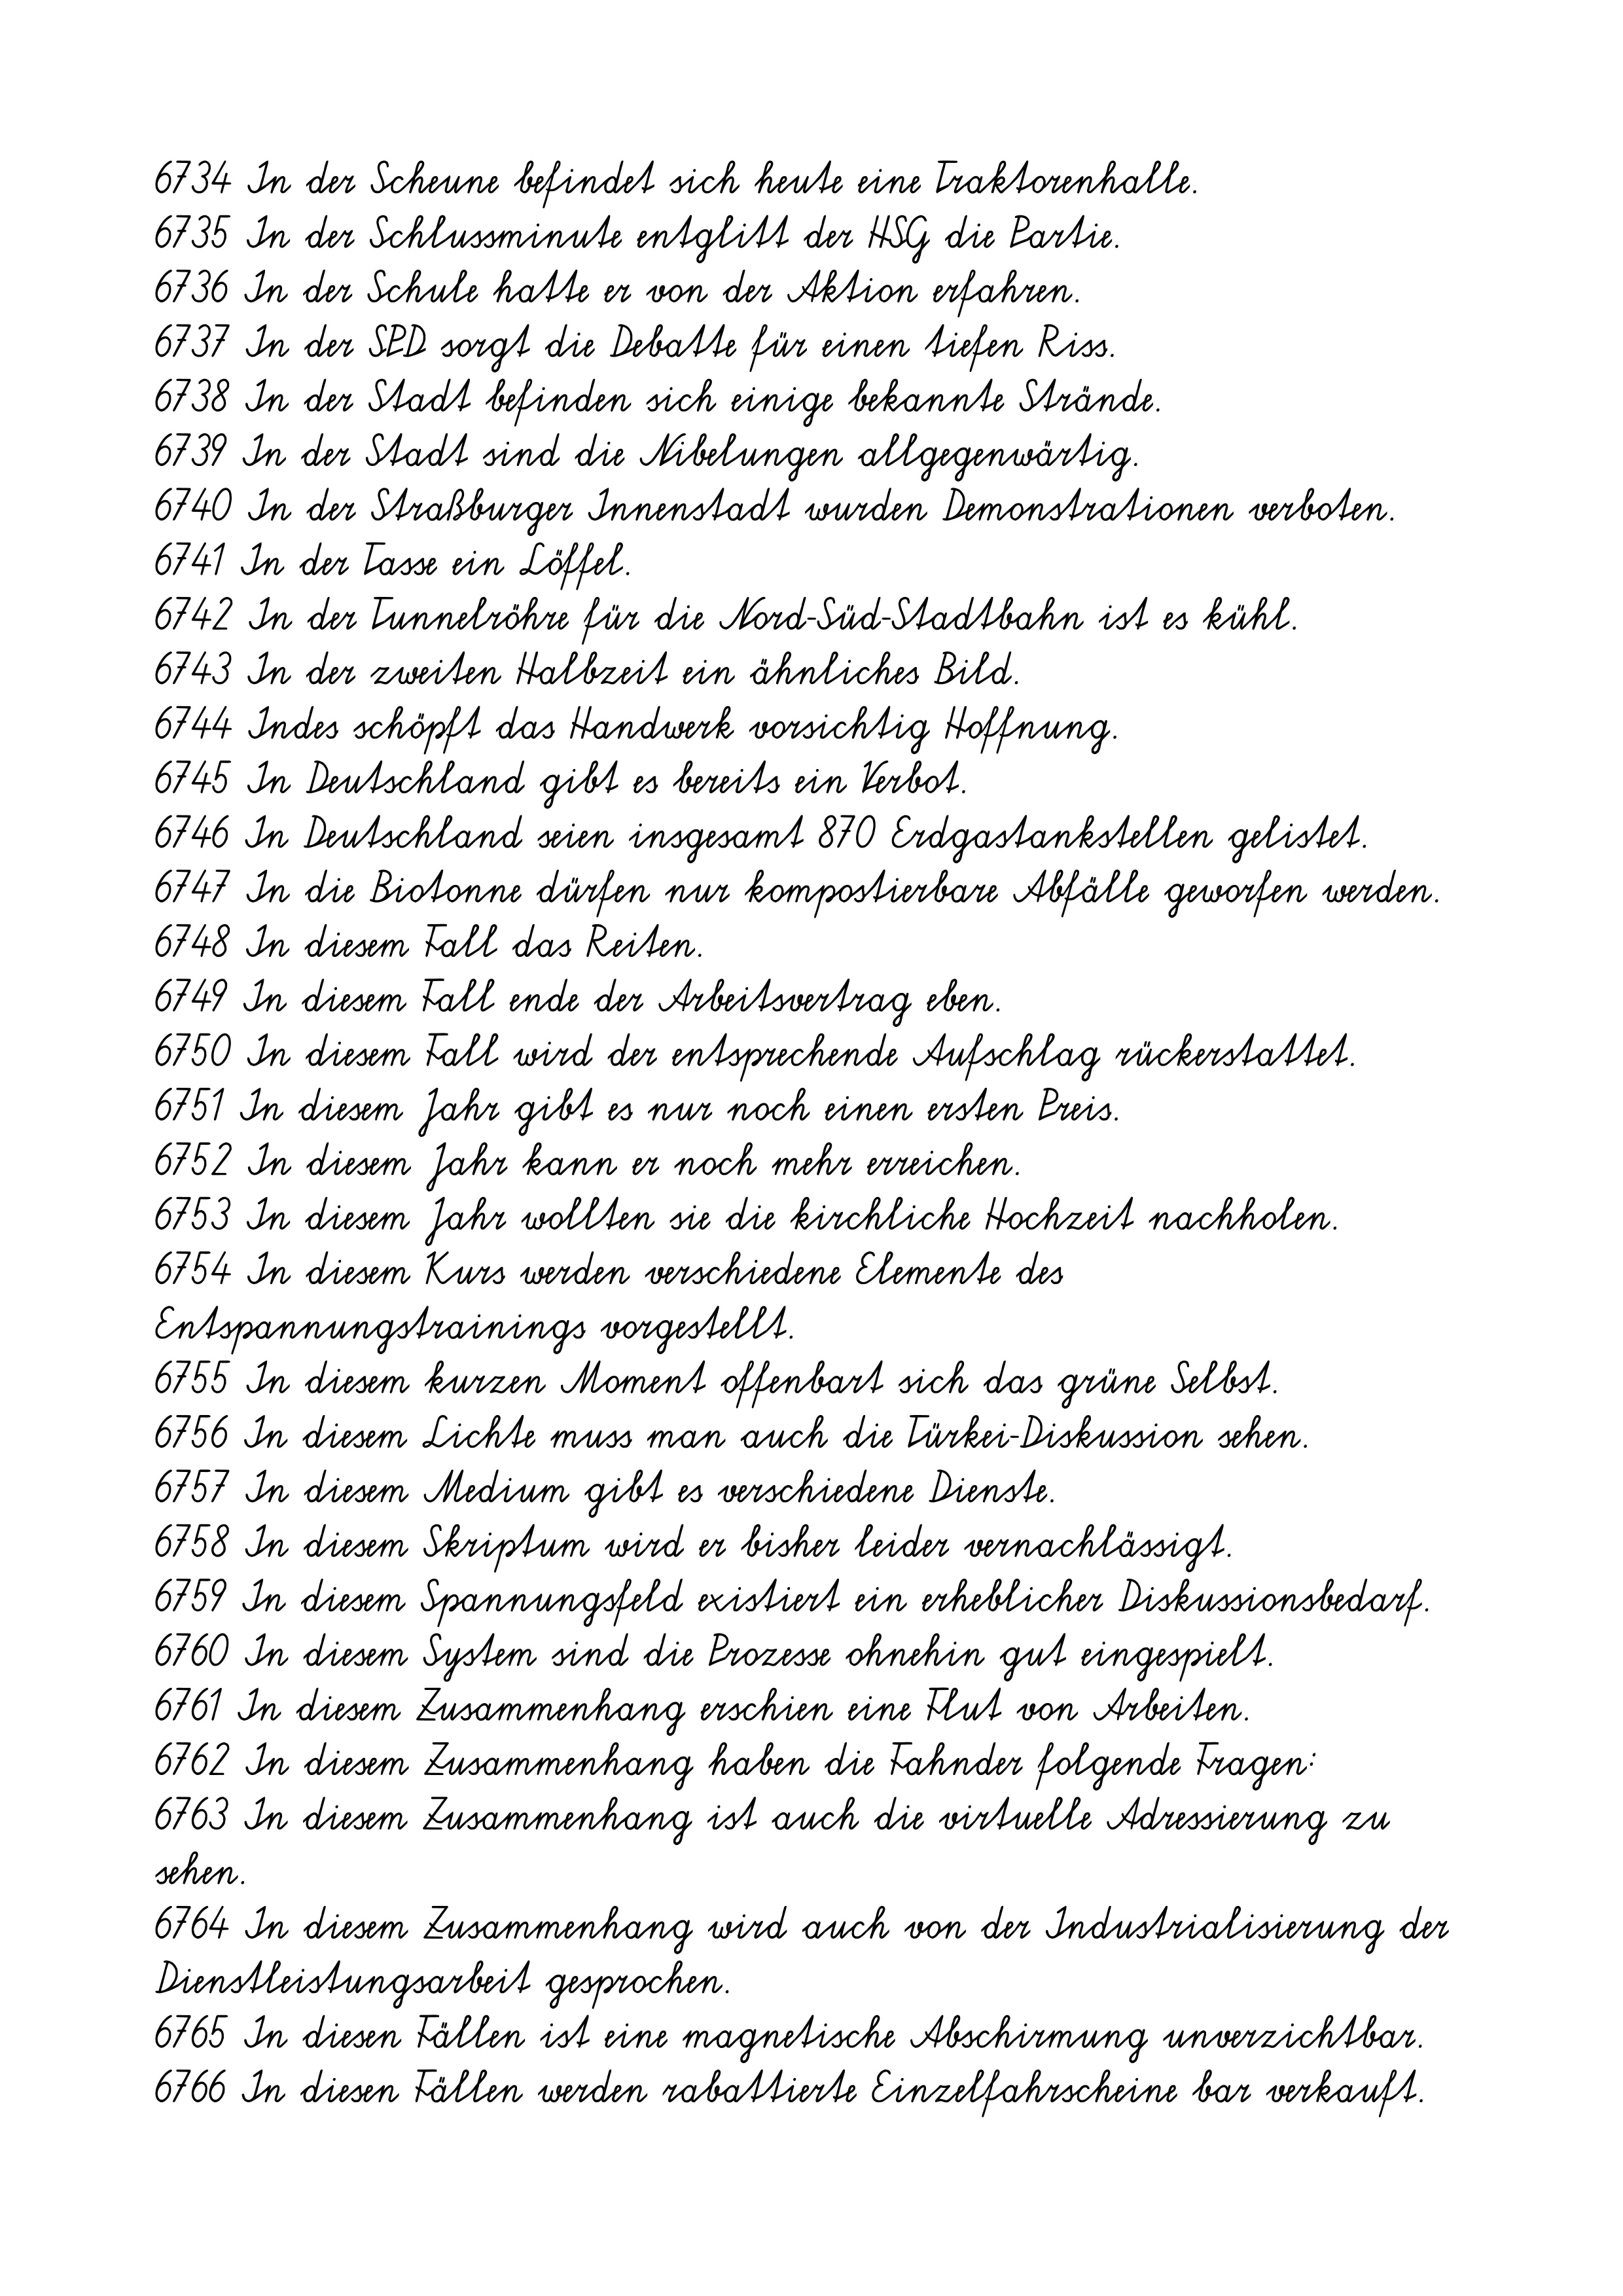
6734 In der Scheune befindet sich heute eine Traktorenhalle.
6735 In der Schlussminute entglitt der HSG die Partie.
6736 In der Schule hatte er von der Aktion erfahren.
6737 In der SPD sorgt die Debatte für einen tiefen Riss.
6738 In der Stadt befinden sich einige bekannte Strände.
6739 In der Stadt sind die Nibelungen allgegenwärtig.
6740 In der Straßburger Innenstadt wurden Demonstrationen verboten.
6741 In der Tasse ein Löffel.
6742 In der Tunnelröhre für die Nord-Süd-Stadtbahn ist es kühl.
6743 In der zweiten Halbzeit ein ähnliches Bild.
6744 Indes schöpft das Handwerk vorsichtig Hoffnung.
6745 In Deutschland gibt es bereits ein Verbot.
6746 In Deutschland seien insgesamt 870 Erdgastankstellen gelistet.
6747 In die Biotonne dürfen nur kompostierbare Abfälle geworfen werden.
6748 In diesem Fall das Reiten.
6749 In diesem Fall ende der Arbeitsvertrag eben.
6750 In diesem Fall wird der entsprechende Aufschlag rückerstattet.
6751 In diesem Jahr gibt es nur noch einen ersten Preis.
6752 In diesem Jahr kann er noch mehr erreichen.
6753 In diesem Jahr wollten sie die kirchliche Hochzeit nachholen.
6754 In diesem Kurs werden verschiedene Elemente des
Entspannungstrainings vorgestellt.
6755 In diesem kurzen Moment offenbart sich das grüne Selbst.
6756 In diesem Lichte muss man auch die Türkei-Diskussion sehen.
6757 In diesem Medium gibt es verschiedene Dienste.
6758 In diesem Skriptum wird er bisher leider vernachlässigt.
6759 In diesem Spannungsfeld existiert ein erheblicher Diskussionsbedarf.
6760 In diesem System sind die Prozesse ohnehin gut eingespielt.
6761 In diesem Zusammenhang erschien eine Flut von Arbeiten.
6762 In diesem Zusammenhang haben die Fahnder folgende Fragen:
6763 In diesem Zusammenhang ist auch die virtuelle Adressierung zu
sehen.
6764 In diesem Zusammenhang wird auch von der Industrialisierung der
Dienstleistungsarbeit gesprochen.
6765 In diesen Fällen ist eine magnetische Abschirmung unverzichtbar.
6766 In diesen Fällen werden rabattierte Einzelfahrscheine bar verkauft.